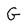
Character: G